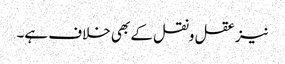
نیز عقل ونقل کے بھی خلاف ہے۔